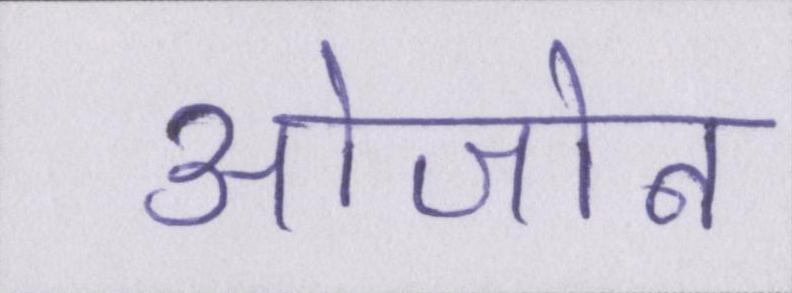
ओजोन